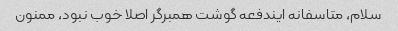
سلام، متاسفانه ایندفعه گوشت همبرگر اصلا خوب نبود، ممنون